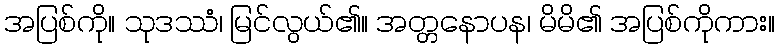
အပြစ်ကို။ သုဒဿံ၊ မြင်လွယ်၏။ အတ္တနောပန၊ မိမိ၏ အပြစ်ကိုကား။